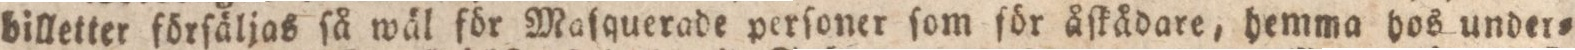
billetter förſäljas ſå wäl för Maſquerade perſoner ſom för åſkådare, hemma hos under=